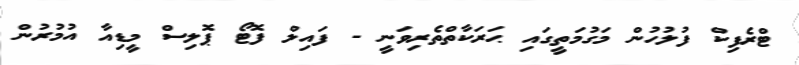
ޓްރެފިކް ފުލުހުން މަގުމަތީގައި ޙަރަކާތްތެރިވަނީ - ފައިލް ފޮޓޯ ޕޮލިސް މީޑިއާ އުމުރުން